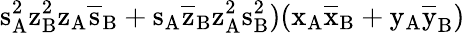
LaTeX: \mathrm{s_{A}^{2}\mathrm{z_{B}^{2}\mathrm{z_{A}\mathrm{\overline{{s}}_{B}+\mathrm{s_{A}\mathrm{\overline{{z}}_{B}\mathrm{z_{A}^{2}\mathrm{s_{B}^{2})(\mathrm{x_{A}\mathrm{\overline{{x}}_{B}+\mathrm{y_{A}\mathrm{\overline{{y}}_{B})}}}}}}}}}}}}